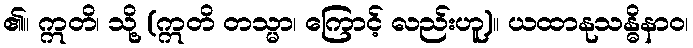
၏။ ဣတိ၊ သို့ (ဣတိ တသ္မာ၊ ကြောင့် လည်းဟူ)။ ယထာနုသန္ဓိနာဝ၊